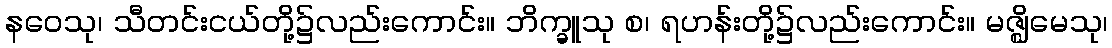
နဝေသု၊ သီတင်းငယ်တို့၌လည်းကောင်း။ ဘိက္ခူသု စ၊ ရဟန်းတို့၌လည်းကောင်း။ မဇ္ဈိမေသု၊